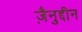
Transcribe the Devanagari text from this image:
ज़ैनुद्दीन